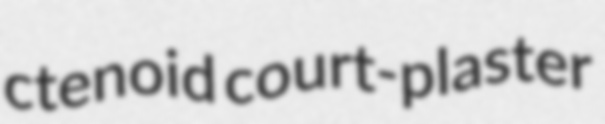
ctenoid court-plaster